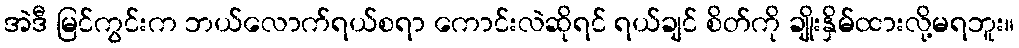
အဲဒီ မြင်ကွင်းက ဘယ်လောက်ရယ်စရာ ကောင်းလဲဆိုရင် ရယ်ချင် စိတ်ကို ချိုးနှိမ်ထားလို့မရဘူး။